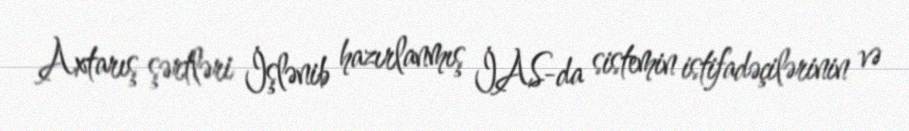
Axtarış şərtləri İşlənib hazırlanmış İAS-da sistemin istifadəçilərinin və